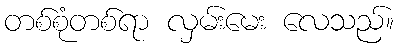
တစ်စုံတစ်ရာ လှမ်းမေး လေသည်။